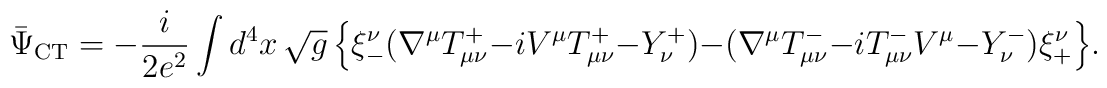
\bar{\Psi}_{\rm CT} = - \frac{i}{2 e^2} \int d^4x\,\sqrt{g}\, \Bigr\{\xi^\nu_- ( \nabla^\mu T_{\mu\nu}^+ - i V^\mu T_{\mu\nu}^+ - Y_\nu^+ ) -( \nabla^\mu T_{\mu\nu}^- - i T_{\mu\nu}^- V^\mu - Y_\nu^- ) \xi^\nu_+ \Bigr\}.